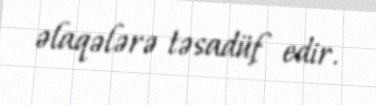
əlaqələrə təsadüf edir.